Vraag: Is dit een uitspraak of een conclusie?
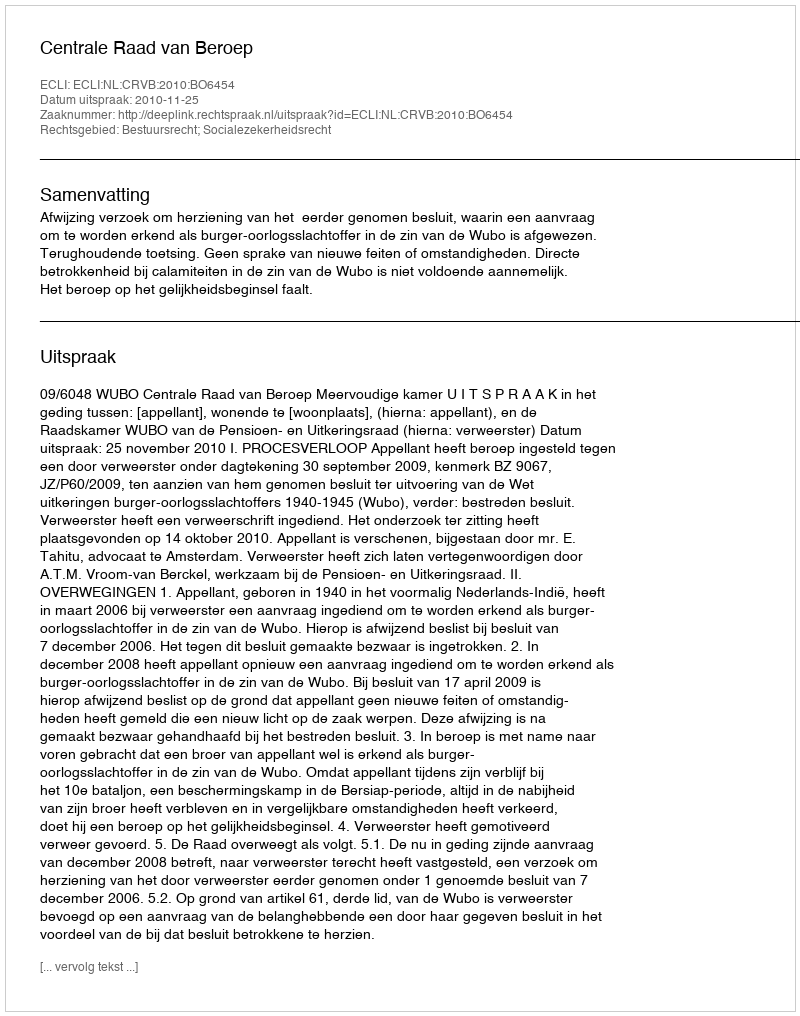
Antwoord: Uitspraak